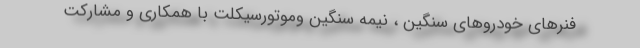
فنرهای خودروهای سنگین ، نیمه سنگین وموتورسیكلت با همكاری و مشاركت